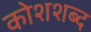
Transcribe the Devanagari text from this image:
कोशशब्द